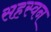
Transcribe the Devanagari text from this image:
सहस्वन